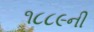
૧૮૮૯ની